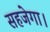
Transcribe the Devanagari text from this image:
सहजेगा।